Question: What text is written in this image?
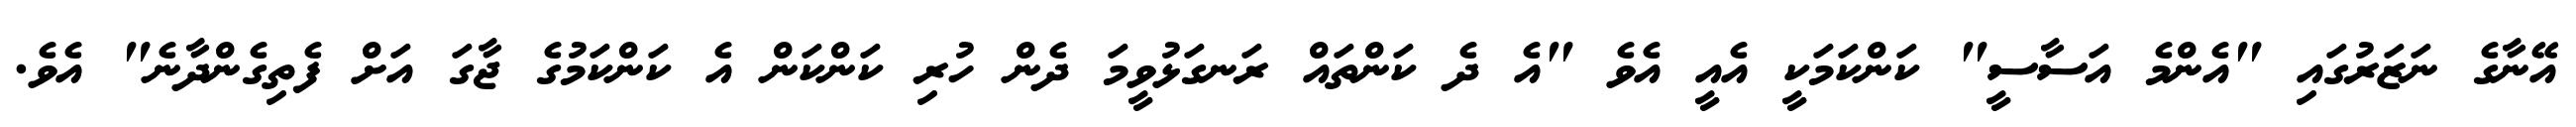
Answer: އޭނާގެ ނަޒަރުގައި "އެންމެ އަސާސީ" ކަންކަމަކީ އެއީ އެވެ "އެ ދެ ކަންތައް ރަނގަޅުވީމަ ދެން ހުރި ކަންކަން އެ ކަންކަމުގެ ޖާގަ އަށް ފެތިގެންދާނެ" އެވެ.